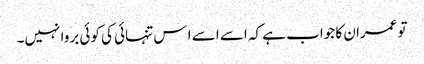
تو عمران کا جواب ہے کہ اسے اسے ا س تنہائی کی کوئی بروا نہیں۔